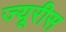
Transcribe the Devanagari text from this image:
ज्यूरीस